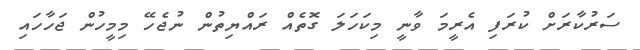
ސަރުކާރަށް ކުރަފި އެރީމަ ވާނީ މިކަހަލަ ގޮތެއް ރައްޔިތުން ނުޖެހޭ މިމީހުން ޖަހާހައި